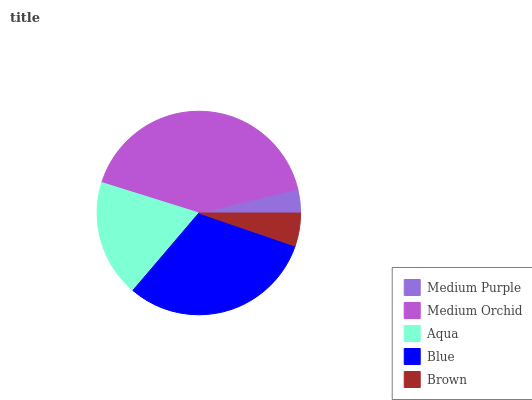
| Medium Purple | Medium Orchid | Aqua | Blue | Brown |
 | --- | --- | --- | --- | --- |
 | 3.77% | 41.3% | 18.6% | 31% | 5.26% |